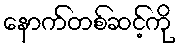
နောက်တစ်ဆင့်ကို